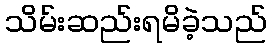
သိမ်းဆည်းရမိခဲ့သည်